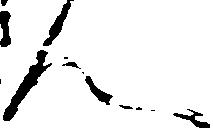
ん